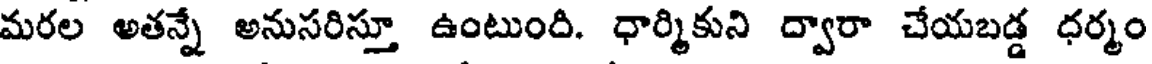
మరల అతన్నే అనుసరిస్తూ ఉంటుంది. ధార్మికుని ద్వారా చేయబడ్డ ధర్మం